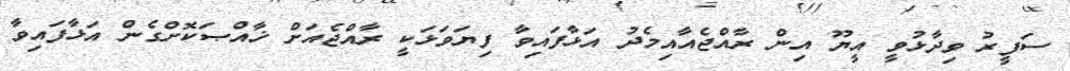
ސަފީރު ވިދާޅުވީ އީޔޫ އިން ރާއްޖެއާއިމެދު އަޅާފައިވާ ފިޔަވަޅަކީ ރާއްޖެއަށް ޚާއްޞަކޮށްގެން އަޅާފައިވާ